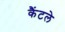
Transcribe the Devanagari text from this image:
कैंटले